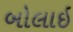
બોલાઇ